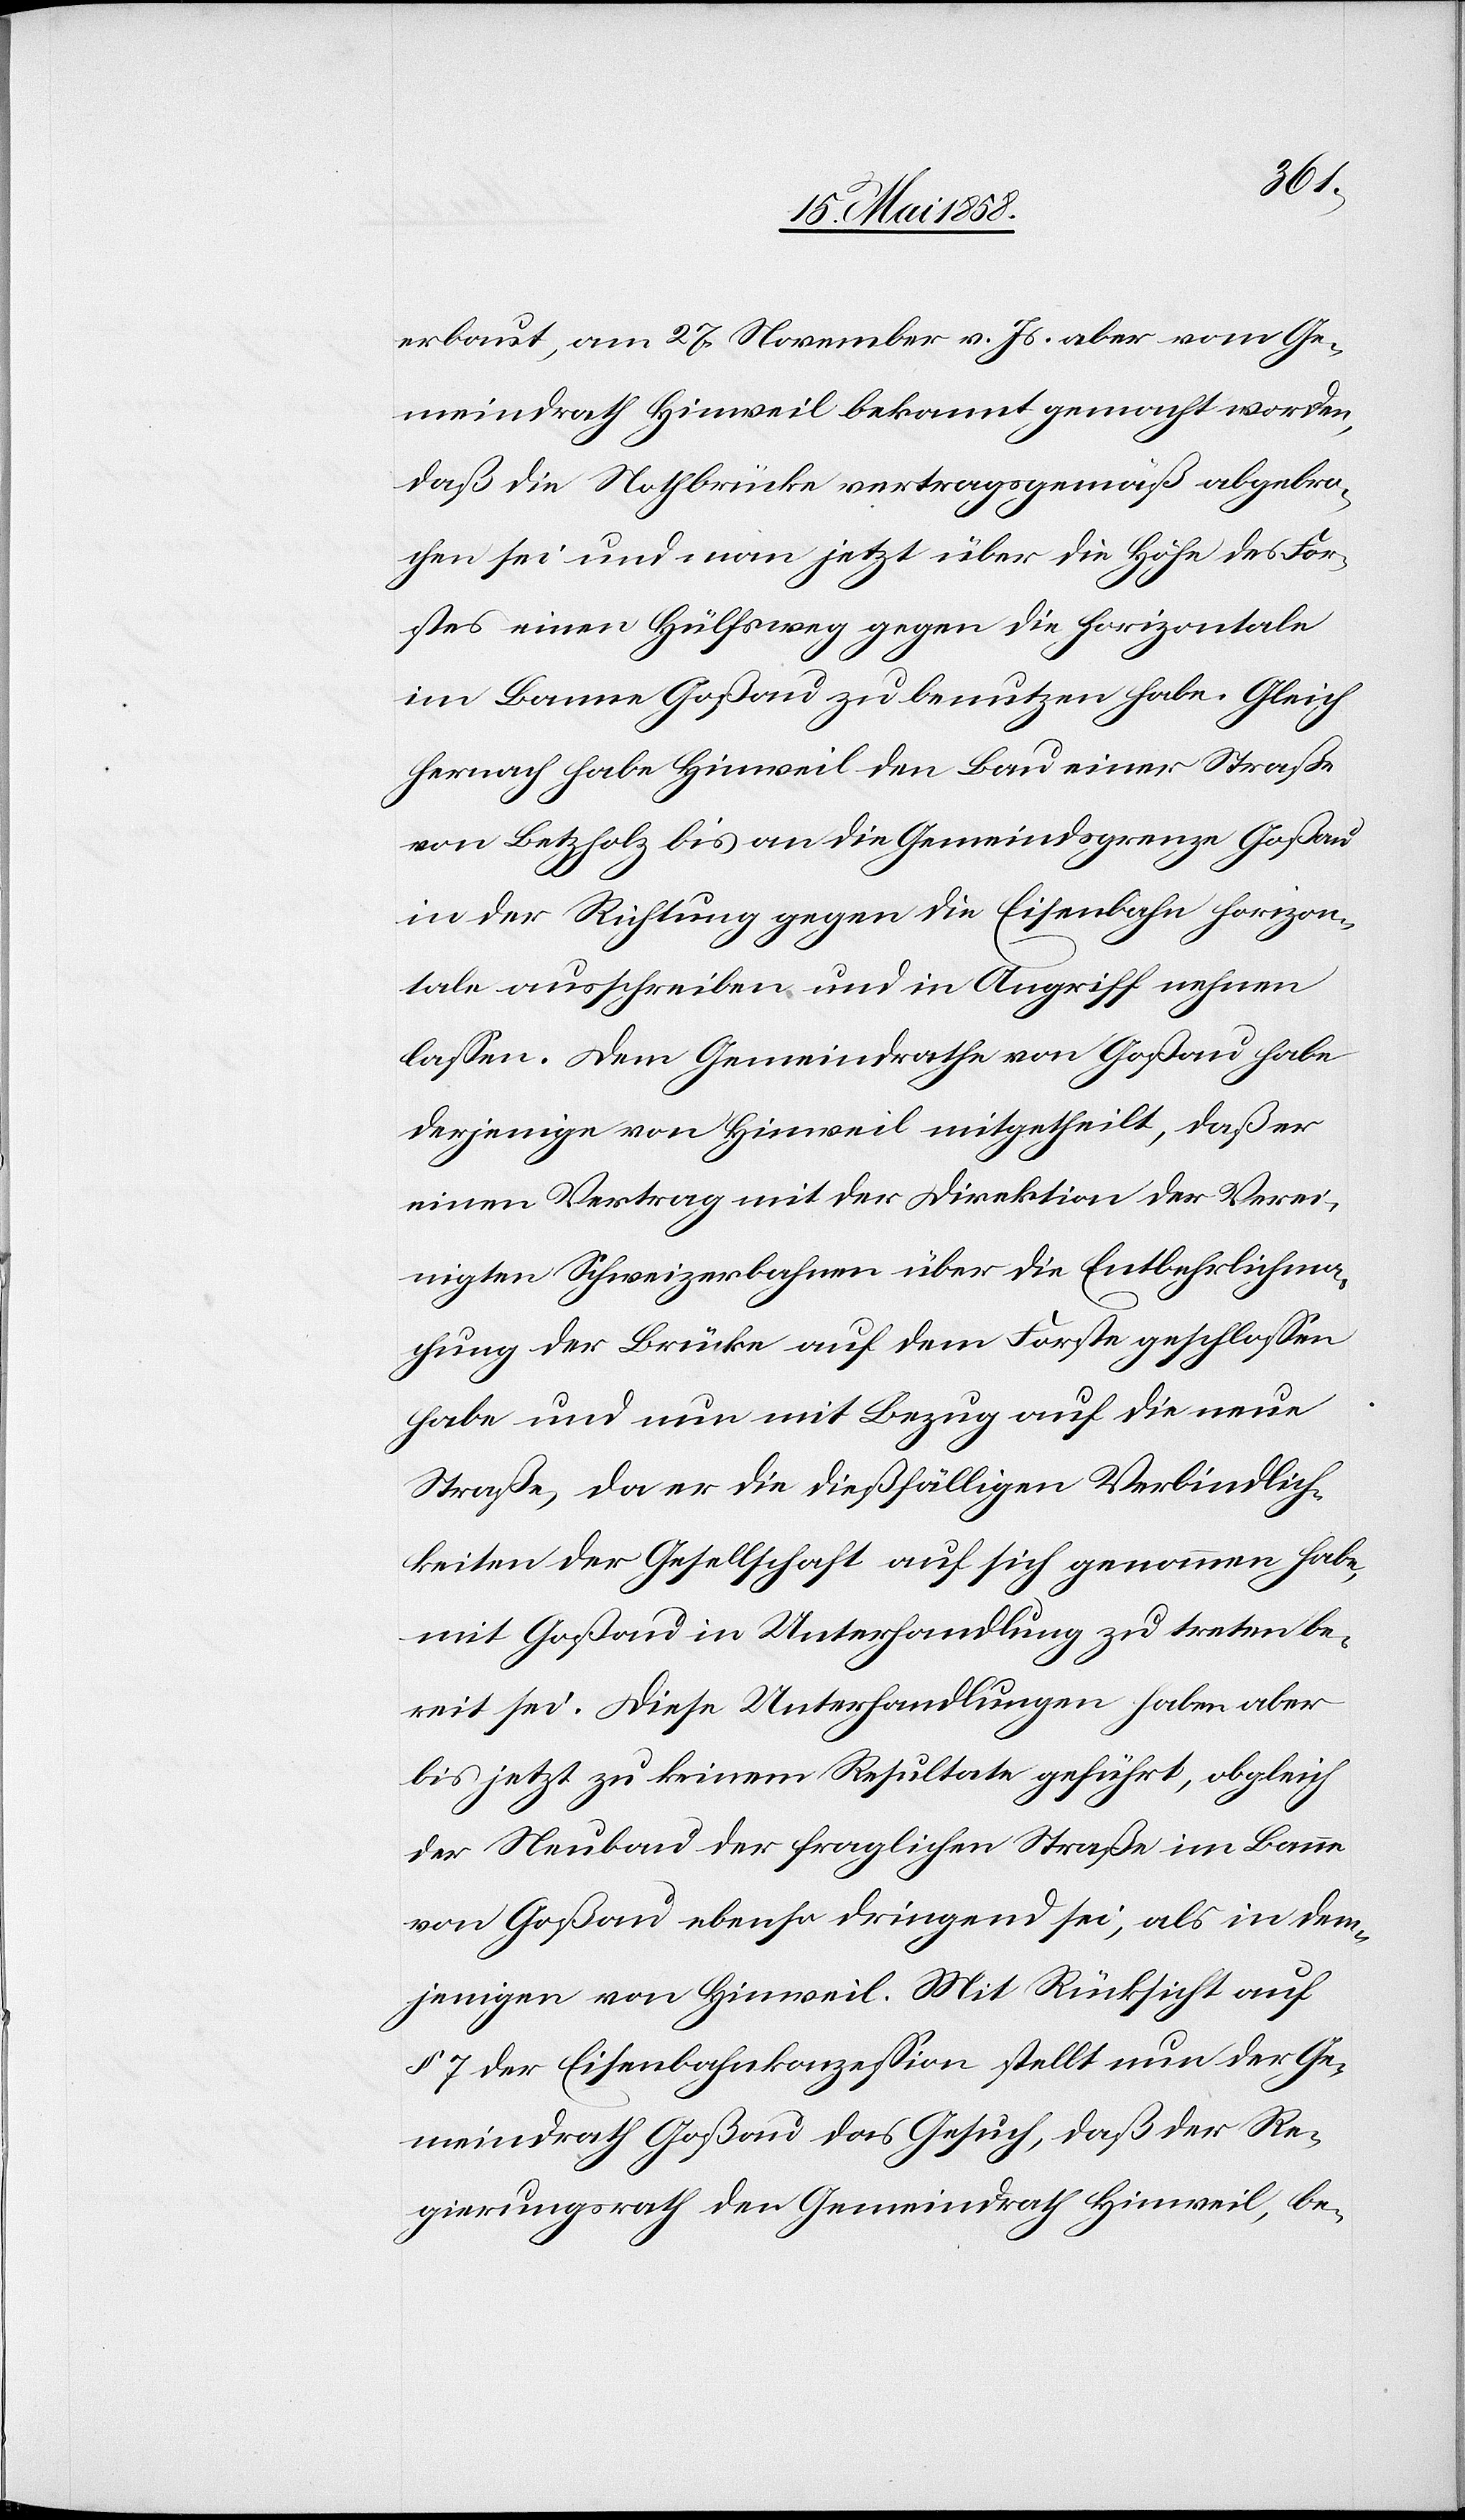
erbaut, am 27. November v. Js. aber vom Ge¬
meindrath Hinweil bekannt gemacht worden,
daß die Nothbrücke vertragsgemäß abgebro¬
chen sei und man jetzt über die Höhe des For¬
stes einen Hülfweg gegen die Eisenbahn
im Banne Goßau zu benutzen habe. Gleich
hernach habe Hinweil den Bau einer Straße
von Betzholz bis an die Gemeindsgrenze Goßau
in der Richtung gegen die Eisenbahn horizon¬
tale ausschreiben und in Angriff nehmen
lassen. Dem Gemeindrathe von Goßau habe
derjenige von Hinweil mitgetheilt, daß er
einen Vertrag mit der Direktion der Verei¬
nigten Schweizerbahnen über die Entbehrlichma¬
chung der Brücke auf dem Forste geschlossen
habe und nun mit Bezug auf die neue
Straße, da er die dießfälligen Verbindlich¬
keiten der Gesellschaft auf sich genommen habe,
mit Goßau in Unterhandlung zu treten be¬
reit sei. Diese Unterhandlungen haben aber
bis jetzt zu keinem Resultate geführt, obgleich
der Neubau der fraglichen Straße im Banne
von Goßau ebenso dringend sei, als in dem¬
jenigen von Hinweil. Mit Rücksicht auf
§ 7 der Eisenbahnkonzession stellt nun der Ge¬
meindrath Goßau das Gesuch, daß der Re¬
gierungsrath den Gemeindrath Hinweil, be-